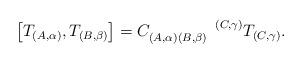
LaTeX: \begin{align*}\left[ T_{(A,\alpha)},T_{(B,\beta)}\right] =C_{(A,\alpha)(B,\beta)}^{\ \ \ \ \ \ \ \ \ \ \ \ (C,\gamma)}T_{(C,\gamma)}.\end{align*}